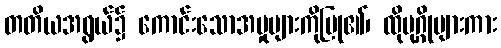
တတိယအရွယ်၌ ကောင်းသောအမှုများကိုပြု၏၊ ထိုပုဂ္ဂိုများကား